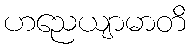
ဟညေယျာမာတိ